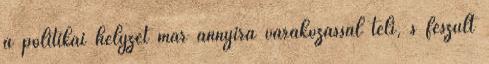
a politikai helyzet már annyira várakozással teli, s feszült